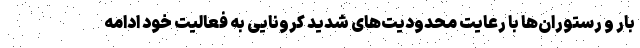
بار و رستوران‌ها با رعایت محدودیت‌های شدید کرونایی به فعالیت خود ادامه